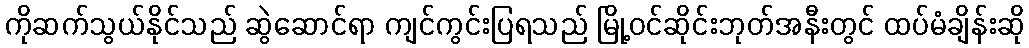
ကိုဆက်သွယ်နိုင်သည် ဆွဲဆောင်ရာ ကျင်ကွင်းပြရသည် မြို့ဝင်ဆိုင်းဘုတ်အနီးတွင် ထပ်မံချိန်းဆို